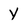
Character: Y